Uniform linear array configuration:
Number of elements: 12
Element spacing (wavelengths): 0.75
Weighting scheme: uniform
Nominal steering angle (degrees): -30
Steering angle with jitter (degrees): -30.021
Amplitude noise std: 0.05
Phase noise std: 0.05

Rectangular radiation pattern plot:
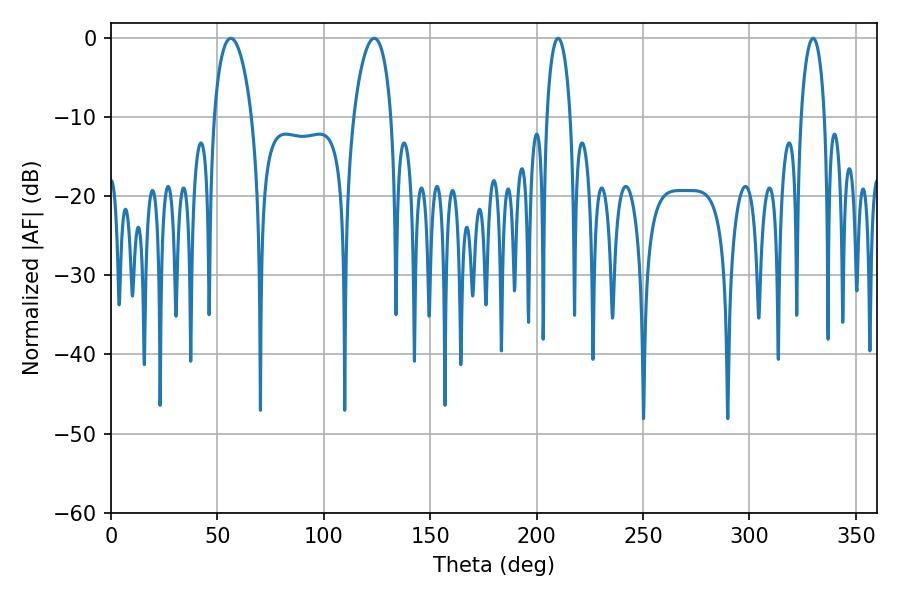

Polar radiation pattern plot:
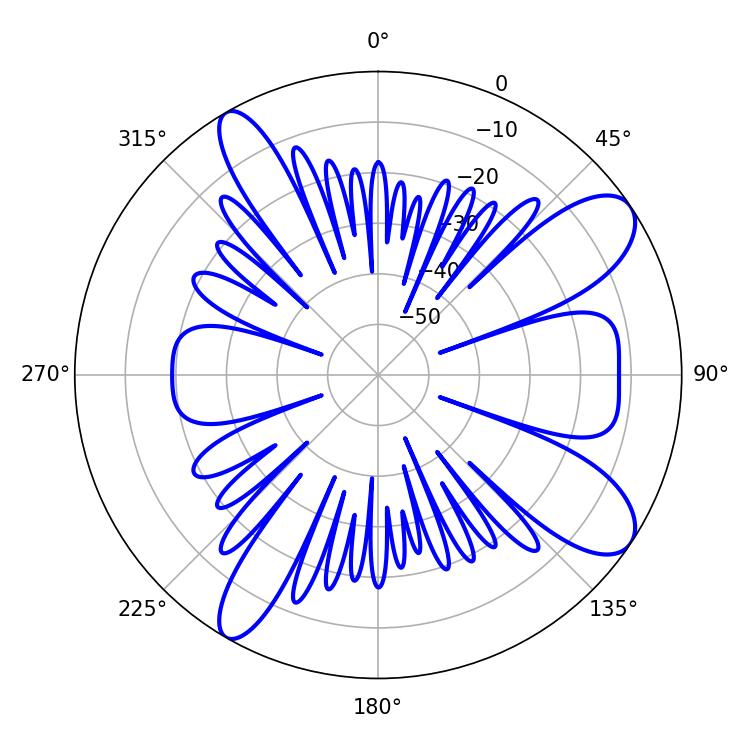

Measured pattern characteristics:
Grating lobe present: TRUE
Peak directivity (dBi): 9.776
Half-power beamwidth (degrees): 9.9
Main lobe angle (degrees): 56.34